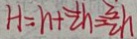
H = h + \frac { 1 } { 2 } h = \frac { 3 } { 2 } h